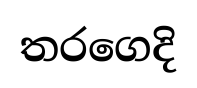
තරගෙදි